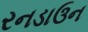
રનડાઉન